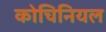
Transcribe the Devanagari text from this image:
कोचिनियल